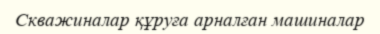
Скважиналар құруға арналған машиналар